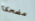
مضحكا